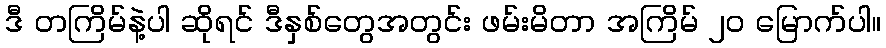
ဒီ တကြိမ်နဲ့ပါ ဆိုရင် ဒီနှစ်တွေအတွင်း ဖမ်းမိတာ အကြိမ် ၂၀ မြောက်ပါ။